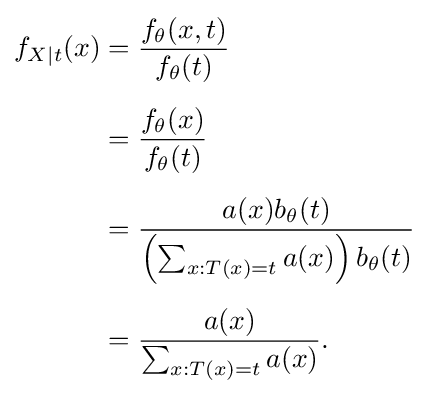
{\begin{aligned}f_{X\mid t}(x)&={\frac {f_{\theta }(x,t)}{f_{\theta }(t)}}\\[5pt]&={\frac {f_{\theta }(x)}{f_{\theta }(t)}}\\[5pt]&={\frac {a(x)b_{\theta }(t)}{\left(\sum _{x:T(x)=t}a(x)\right)b_{\theta }(t)}}\\[5pt]&={\frac {a(x)}{\sum _{x:T(x)=t}a(x)}}.\end{aligned}}